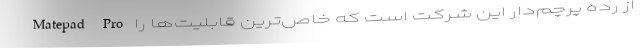
Matepad Pro از رده پرچم‌دار این شرکت است که خاص‌ترین قابلیت‌ها را